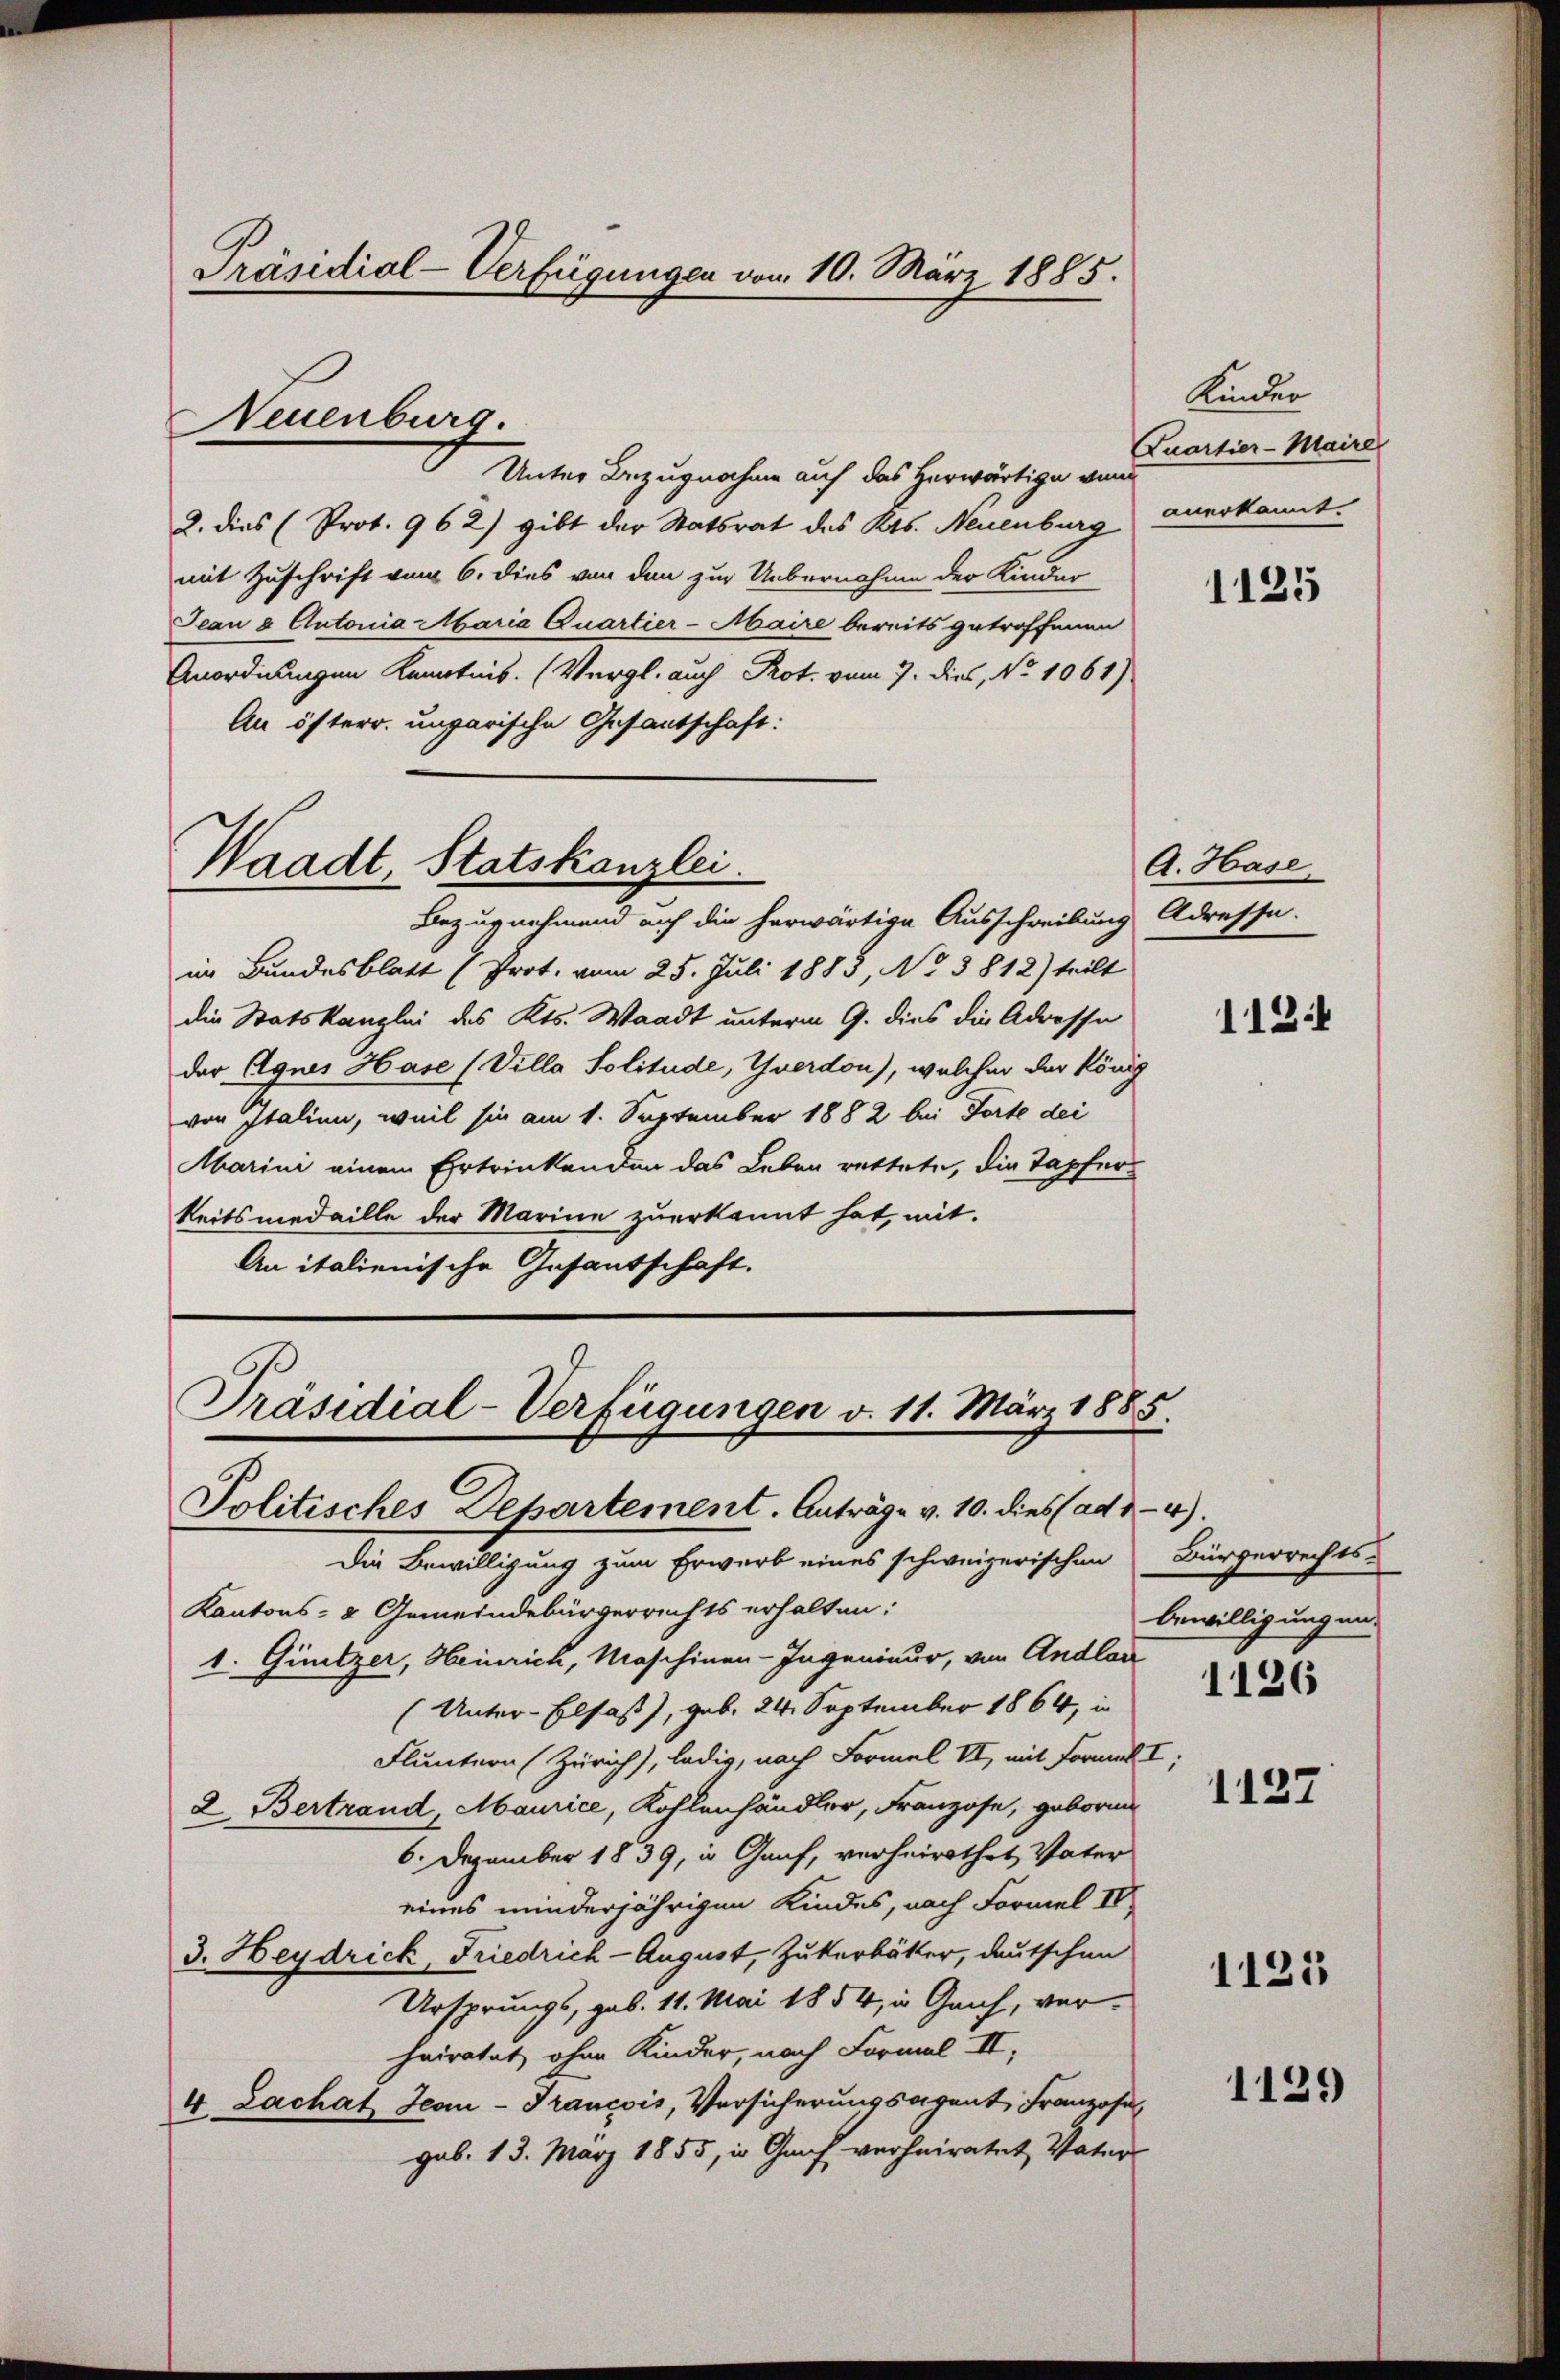
Präsidial-Verfügungen vom 10. März 1885.

Neuenburg.

Waadt Statskanzlei.

Präsidial-Verfügungen v. 11. März 1885.

Unter Bezugnahme auf das Herwärtige von
2. dies (Prot. 962) gibt der Statsrat des Kts. Neuenburg
mit Zuschrift vom 6. dies von den zur Uebernohme der Kinder
Jean & Autonia Maria Quartier-Maire bereits getroffenen
Anordnungen Kenntnis. (Vergl. auch Prot. vom 7. dies, No 1061)
An österr. ungarische Gesantschaft:

Kunder
Quartier-Maire
anerkannt.

Bezugnehmend auf die herwärtige Ausschreibung Adresse.
im Bundesblatt (Prot. vom 25. Juli 1885, No 3812) teilt
die Statskanzlei des Kts. Waadt unterm 9. dies die Adresse
der Agnes Hase (Villa Solitude, Yverdon), welcher der König
von Italien, weil sie am 1. September 1882 bei Torte dei
Marini einem Ertrinkenden das Leben rettete, die Tapfer
keitsmedaille der Marine zuerkannt hat, mit
An italienische Gesandschaft.

Politisches Departement. Anträge v. 10. dies (ad 44).
Die Bewilligung zum Erwarb eines schweizerischen
Kantons- & Gemeindebürgerrechts erhalten:
1. Güntzer, Heinrich, Maschinen-Ingenieur, von Andlac
(Unter-Elsaß, geb. 24. September 1864, in
Fluntern (Zürich), ledig, nach Formel VI, mit Formel I
2. Bertrand, Maurice, Kohlenhändler, Franzose, geborn
6. Dezember 1839, in Genf, verheirathet, Vater
eines minderjährigen Kindes, nach Formel IV
3. Heydrick, Friedrich-August, Zukerbätter, deutschen
Ursprungs, geb. 11. Mai 1854, in Geih, verhairatet, ohne Kinder, nach Formal II,
4 Zachat Jean-Trancois, Versicherungsagent Franzose
geb. 13. März 1855, in Graf verheiratet, Vater

1125

A. Hase

112.

Bürgerrechts-
bewilligung un¬
1126

1127

1125

1129